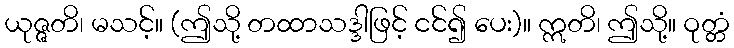
ယုဇ္ဇတိ၊ မသင့်။ (ဤသို့ တထာသဒ္ဒါဖြင့် ငင်၍ ပေး)။ ဣတိ၊ ဤသို့။ ဝုတ္တံ